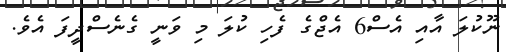
ނޫކުލަ އާއި އެސް6 އެޖްގެ ފެހި ކުލަ މި ވަނީ ގެނެސްދީފަ އެވެ.